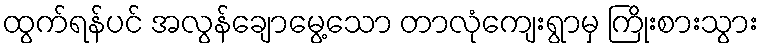
ထွက်ရန်ပင် အလွန်ချောမွေ့သော တာလုံကျေးရွာမှ ကြိုးစားသွား